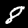
Digit: 8